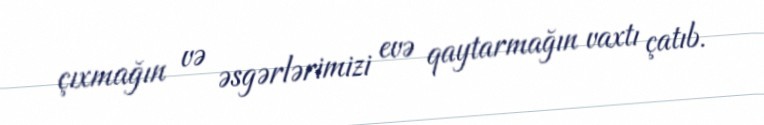
çıxmağın və əsgərlərimizi evə qaytarmağın vaxtı çatıb.